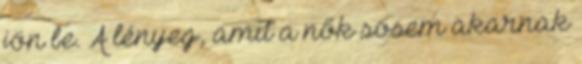
jön be. A lényeg, amit a nők sosem akarnak